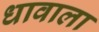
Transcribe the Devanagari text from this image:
धावाला